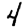
Digit: 4